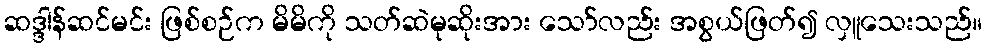
ဆဒ္ဒါန်ဆင်မင်း ဖြစ်စဉ်က မိမိကို သတ်ဆဲမုဆိုးအား သော်လည်း အစွယ်ဖြတ်၍ လှူသေးသည်။